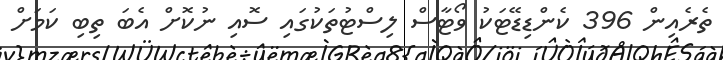
ތެރެއިން 396 ކެންޑިޑޭޓަކު ވޯޓާސް ލިސްޓުތަކުގައި ސޮއި ނުކޮށް އެބަ ތިބި ކަމަށް